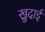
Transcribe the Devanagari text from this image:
खु़दाई